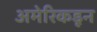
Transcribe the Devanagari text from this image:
अमेरिकडून